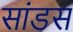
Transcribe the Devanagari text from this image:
सांडस